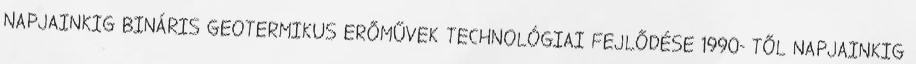
NAPJAINKIG BINÁRIS GEOTERMIKUS ERŐMŰVEK TECHNOLÓGIAI FEJLŐDÉSE 1990- TŐL NAPJAINKIG